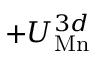
+ U _ { \mathrm { M n } } ^ { 3 d }